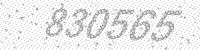
Solution: 830565